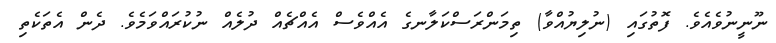
ނޫޫނީނުވެއެވެ. ފޮތުގައި (ނުލިޔުއްވާ) ތިމަންރަސްކަލާނގެ އެއްވެސް އެއްޗެއް ދުލެއް ނުކުރައްވަމެވެ. ދެން އެތަކެތި